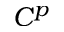
C ^ { p }